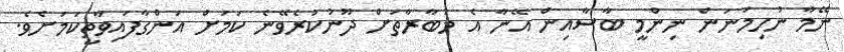
ނޭމާ ނުހިމަނަން ނިންމީ ބާސާއިން އޭނާ އެ މުބާރާތަށް ދޫނުކުރެވޭނެ ކަމަށް އަންގާފައިވާތީކަމަށެވެ.